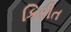
કિરીત